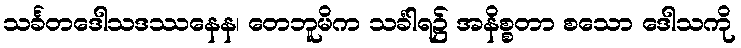
သင်္ခတဒေါသဒဿနေန၊ တေဘူမိက သင်္ခါရ၌ အနိစ္စတာ စသော ဒေါသကို